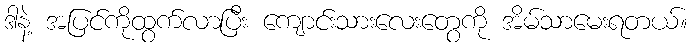
ဒါနဲ့ အပြင်ကိုထွက်လာပြီး ကျောင်းသားလေးတွေကို အိမ်သာမေးရတယ်။